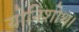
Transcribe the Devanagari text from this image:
योनिशोथ।